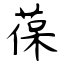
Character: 葆